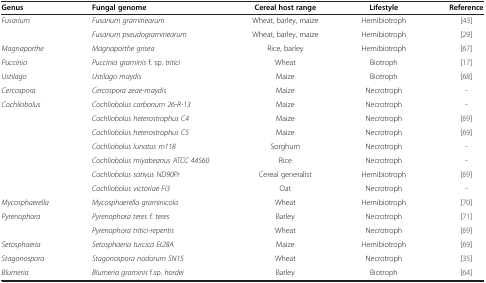
<table><thead><tr><td><b>Genus</b></td><td><b>Fungal genome</b></td><td><b>Cereal host range</b></td><td><b>Lifestyle</b></td><td><b>Reference</b></td></tr></thead><tbody><tr><td><i>Fusarium</i></td><td><i>Fusarium graminearum</i></td><td>Wheat, barley, maize</td><td>Hemibiotroph</td><td>[43]</td></tr><tr><td> </td><td><i>Fusarium pseudograminearum</i></td><td>Wheat, barley, maize</td><td>Hemibiotroph</td><td>[29]</td></tr><tr><td><i>Magnaporthe</i></td><td><i>Magnaporthe grisea</i></td><td>Rice, barley</td><td>Hemibiotroph</td><td>[67]</td></tr><tr><td><i>Puccinia</i></td><td><i>Puccinia graminis</i> f. sp. <i>tritici</i></td><td>Wheat</td><td>Biotroph</td><td>[17]</td></tr><tr><td><i>Ustilago</i></td><td><i>Ustilago maydis</i></td><td>Maize</td><td>Biotroph</td><td>[68]</td></tr><tr><td><i>Cercospora</i></td><td><i>Cercospora zeae-maydis</i></td><td>Maize</td><td>Necrotroph</td><td>-</td></tr><tr><td><i>Cochliobolus</i></td><td><i>Cochliobolus carbonum 26-R-13</i></td><td>Maize</td><td>Necrotroph</td><td>-</td></tr><tr><td> </td><td><i>Cochliobolus heterostrophus C4</i></td><td>Maize</td><td>Necrotroph</td><td>[69]</td></tr><tr><td> </td><td><i>Cochliobolus heterostrophus C5</i></td><td>Maize</td><td>Necrotroph</td><td>[69]</td></tr><tr><td> </td><td><i>Cochliobolus lunatus m118</i></td><td>Sorghum</td><td>Necrotroph</td><td>-</td></tr><tr><td> </td><td><i>Cochliobolus miyabeanus ATCC 44560</i></td><td>Rice</td><td>Necrotroph</td><td>-</td></tr><tr><td> </td><td><i>Cochliobolus sativus ND90Pr</i></td><td>Cereal generalist</td><td>Hemibiotroph</td><td>[69]</td></tr><tr><td> </td><td><i>Cochliobolus victoriae FI3</i></td><td>Oat</td><td>Necrotroph</td><td>-</td></tr><tr><td><i>Mycosphaerella</i></td><td><i>Mycosphaerella graminicola</i></td><td>Wheat</td><td>Hemibiotroph</td><td>[70]</td></tr><tr><td><i>Pyrenophora</i></td><td><i>Pyrenophora teres f. teres</i></td><td>Barley</td><td>Necrotroph</td><td>[71]</td></tr><tr><td> </td><td><i>Pyrenophora tritici-repentis</i></td><td>Wheat</td><td>Necrotroph</td><td>[69]</td></tr><tr><td><i>Setosphaeria</i></td><td><i>Setosphaeria turcica Et28A</i></td><td>Maize</td><td>Hemibiotroph</td><td>[69]</td></tr><tr><td><i>Stagonospora</i></td><td><i>Stagonospora nodorum SN15</i></td><td>Wheat</td><td>Necrotroph</td><td>[35]</td></tr><tr><td><i>Blumeria</i></td><td><i>Blumeria graminis</i> f.sp. <i>hordei</i></td><td>Barley</td><td>Biotroph</td><td>[64]</td></tr></tbody></table>